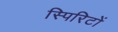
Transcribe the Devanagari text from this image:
स्पिरिटों